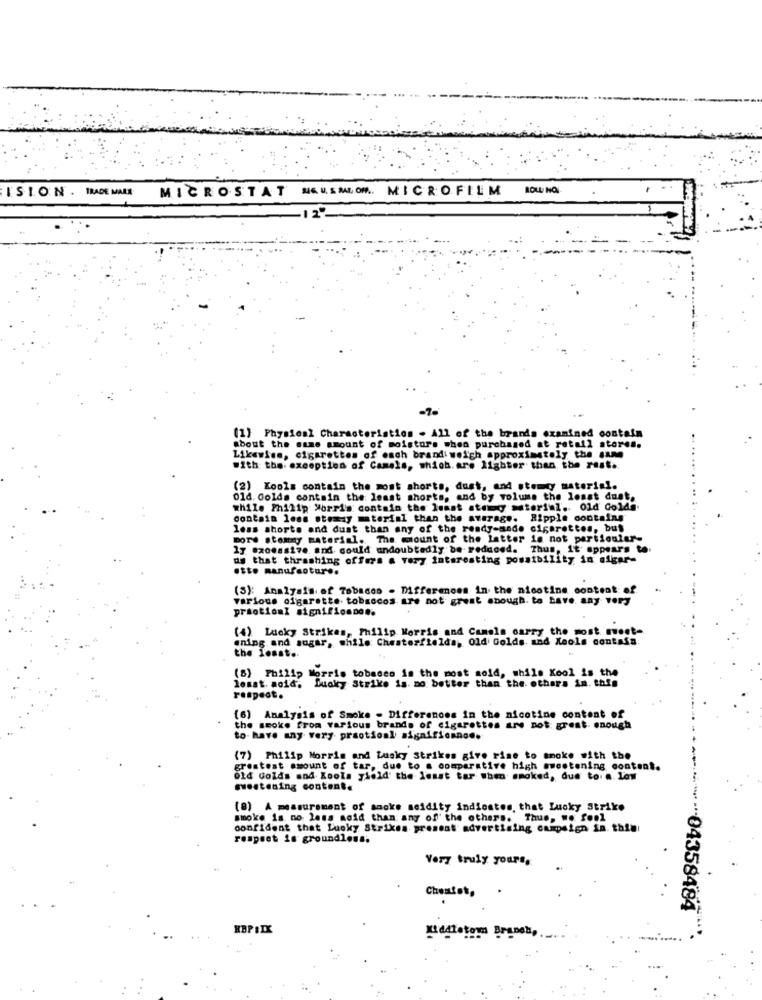
ISION . TRADE MALE
MICROSTAT M&MSMLOR. MICROFILM
-7-
(1) Physical Characteristics . All of the brands examined contain
about the same amount of moisture when purchased at retail stores.
Likewise, cigarettes of each brand weigh approximately the Same
with the exception of Camels, which. are lighter than the rest.
(2) Kools contain the most shorts, dust, and stemcy material.
01d. Golds contain the least shorts, and by volume the lonst duat.
while Philip Morris contain the least ateng material. Old Golda.
contain less stemay material than the average. Ripple contains
less shorts and dust than any of the ready-made cigarettes, but
more stommy material. The mount of the latter is not particular-
17 excessive and could undoubtedly be reduced. Thus, It appears to.
og that thrashing offers a very interesting possibility in algar-
otto manufaotar ..
(3): Analysis of Tobacco . Differences in the nicotine content of.
various cigarette. tobaccos are not great enough. to have any very
practical significadoe.
(4) Lucky Strikes, Philip Morris and Canela carry the most meet-
ening and sugar, while Chesterfielda, Old Golds. and Xeole contafa.
the losst.
(8) Philip Morris tobacco is the most sold, while Kool is the
lesst. aoid; Lucky Strike is. no better than the others in. this
respect.
(6) Analysis of Smoke - Differences in the nicotine content of
the smoke from various brands of cigarettes are not great. enough
to-have any very praotionl significance.
(7) Philip Morris and Lusky Strikes give rise to smoke with the
greatest amount of tar, due to a comparative high sweetening content.
Old Golds and Kools yield the least tar when smoked, due to. a. Low
mestening content.
(8) A measurement of smoke seidity indicates, that Lucky Strike
smoke is no less acid than any of the others. Thus, ". fool
confident that Lucky Strikes present advertising campaign fa thin
respect is groundloss.
Very truly yours,
Chemist,
**--- 04358484
HBP SIX
Middleton Branch,